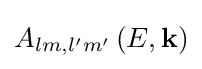
{A_{lm,l'm'}}\left({E,{\bf {k}}}\right)